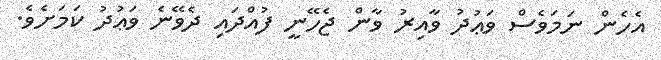
އެހެން ނަމަވެސް ވަޢުދު ވާއިރު ވާން ޖެހޭނީ ފުއްދައި ދެވޭނެ ވަޢުދު ކަމަށެވެ.